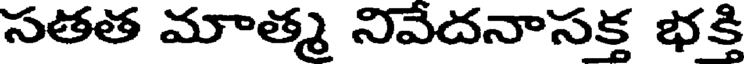
సతత మాత్మ నివేదనాసక్త భక్తి